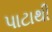
પાટાથી